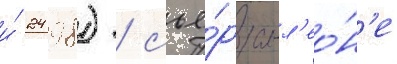
и́ 2498) / сье́рра-л'ео́н'е